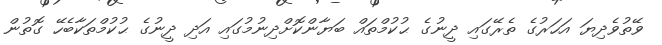
ވޭތުވެދިޔަ އަހަރުގެ ތެރޭގައި ދީނުގެ ޙުކުމްތައް ބަޔާންކޮށްދިނުމުގައި އަދި ދީނުގެ ޙުކުމްތަކާބެހޭ ގޮތުން